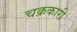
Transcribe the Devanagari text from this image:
चक्रकारी